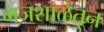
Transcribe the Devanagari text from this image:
गजशाळेतून